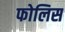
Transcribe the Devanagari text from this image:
फोलिस